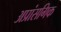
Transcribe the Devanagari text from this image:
अप्रांसगिक